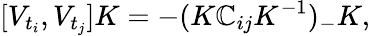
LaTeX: [V_{t_{i}},V_{t_{j}}]K=-(K\mathbb{C}_{ij}K^{-1})_{-}K,